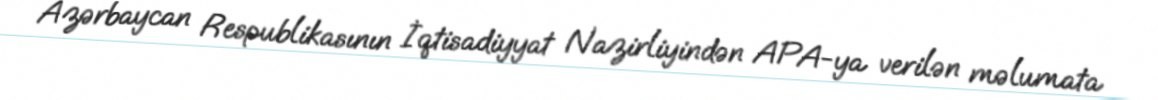
Azərbaycan Respublikasının İqtisadiyyat Nazirliyindən APA-ya verilən məlumata